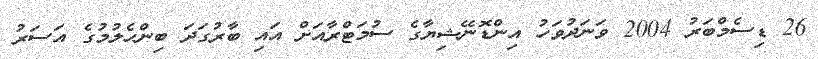
26 ޑިސެމްބަރު 2004 ވަނަދުވަހު އިންޑޮނޭޝިޔާގެ ސުމަޓްރާއަށް އައި ބާރުގަދަ ބިންހެލުމުގެ އަސަރު